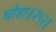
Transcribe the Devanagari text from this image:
घोडा॥२५२॥